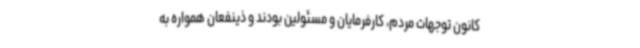
کانون توجهات مردم، کارفرمایان و مسئولین بودند و ذینفعان همواره به